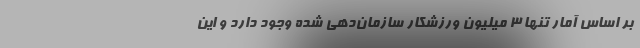
بر اساس آمار تنها ۳ میلیون ورزشکار سازمان‌دهی شده وجود دارد و این